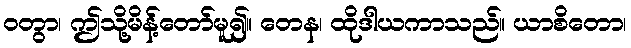
ဝတွာ၊ ဤသို့မိန့်တော်မူ၍။ တေန၊ ထိုဒါယကာသည်။ ယာစိတော၊